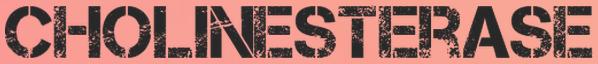
CHOLINESTERASE